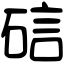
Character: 䂴